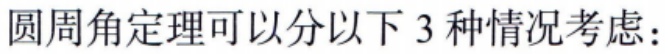
圆周角定理可以分以下 3 种情况考虑：